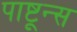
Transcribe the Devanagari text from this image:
पाष्टून्स